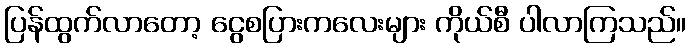
ပြန်ထွက်လာတော့ ငွေစပြားကလေးများ ကိုယ်စီ ပါလာကြသည်။